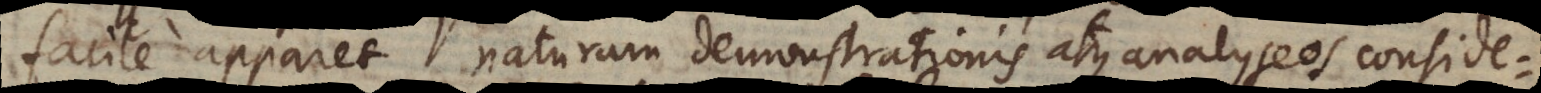
facile apparet naturam demonstrationis atque analyseos conside